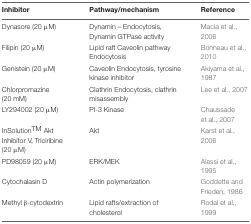
| Inhibitor | Pathway/mechanism | Reference |
 | --- | --- | --- |
 | Dynasore (20 μM) | Dynamin – Endocytosis, Dynamin GTPase activity | Macia et al., 2006 |
 | Filipin (20 μM) | Lipid raft Caveolin pathway Endocytosis | Bonneau et al., 2010 |
 | Genistein (20 μM) | Caveolin Endocytosis, tyrosine kinase inhibitor | Akiyama et al., 1987 |
 | Chlorpromazine (20 mM) | Clathrin Endocytosis, clathrin misassembly | Lee et al., 2007 |
 | LY294002 (20 μM) | PI-3 Kinase | Chaussade et al., 2007 |
 | InSolutionTM Akt Inhibitor V, Triciribine (20 μM) | Akt | Karst et al., 2006 |
 | PD98059 (20 μM) | ERK/MEK | Alessi et al., 1995 |
 | Cytochalasin D | Actin polymerization | Goddette and Frieden, 1986 |
 | Methyl β-cytodextrin | Lipid rafts/extraction of cholesterol | Rodal et al., 1999 |